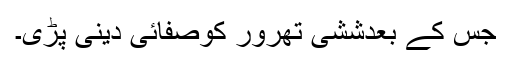
جس کے بعدششی تھرور کوصفائی دینی پڑی۔